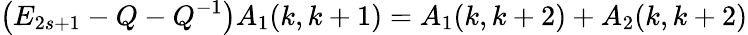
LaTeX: \left(E_{2s+1}-Q-Q^{-1}\right)A_{1}(k,k+1)=A_{1}(k,k+2)+A_{2}(k,k+2)